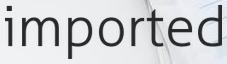
imported